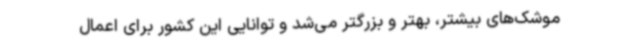
موشک‌های بیشتر، بهتر و بزرگتر می‌شد و توانایی این کشور برای اعمال